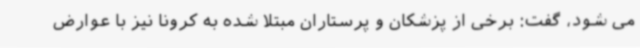
می شود، گفت: برخی از پزشکان و پرستاران مبتلا شده به کرونا نیز با عوارض